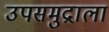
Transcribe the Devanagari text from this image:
उपसमुद्राला